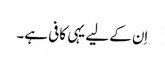
اِن کے لیے یہی کافی ہے۔